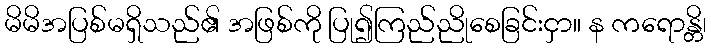
မိမိအပြစ်မရှိသည်၏ အဖြစ်ကို ပြု၍ကြည်ညိုစေခြင်းငှာ။ န ကရောန္တိ၊